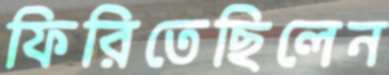
ফিরিতেছিলেন